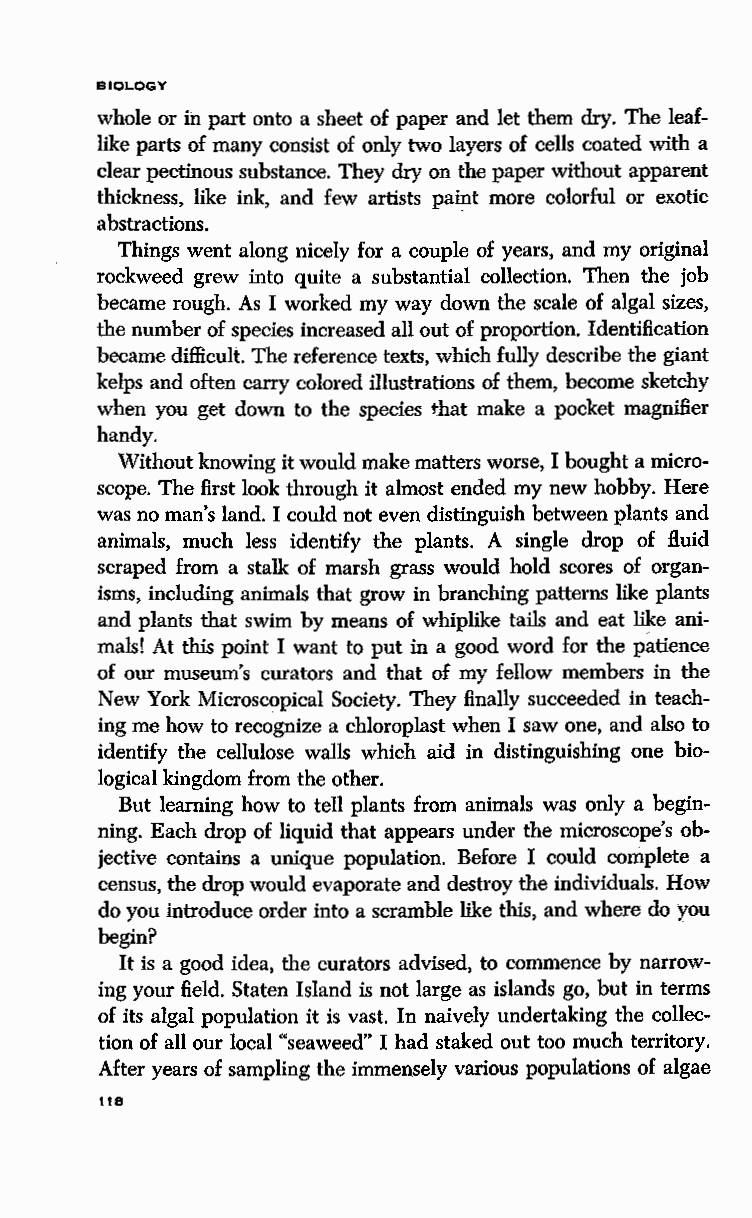
BIOLOGY
 whole or in part onto a sheet of paper and let them dry. The leaf
 like parts of many consist of only two layers of cells coated with a
 clear pectinous substance. They dry on the paper without apparent
 thickness, like ink, and few artists paint more colorful or exotic
 abstractions.
 Things went along nicely for a couple of years, and my original
 rockweed grew into quite a substantial collection. Then the job
 became rough. As I worked my way down the scale of algal sizes,
 the number of species increased all out of proportion. Identification
 became difficult. The reference texts, which fully describe the giant
 kelps and often carry colored illustrations of them, become sketchy
 when you get down to the species that make a pocket magnifier
 handy.
 Without knowing it would make matters worse, I bought a micro
 scope. The first look through it almost ended my new hobby. Here
 was no man's land. I could not even distinguish between plants and
 animals, much less identify the plants. A single drop of fluid
 scraped from a stalk of marsh grass would hold scores of organ
 isms, including animals that grow in branching patterns like plants
 and plants that swim by means of whiplike tails and eat like ani
 mals! At this point I want to put in a good word for the patience
 of our museum's curators and that of my fellow members in the
 New York Microscopical Society. They finally succeeded in teach
 ing me how to recognize a chloroplast when I saw one, and also to
 identify the cellulose walls which aid in distinguishing one bio
 logical kingdom from the other.
 But learning how to tell plants from animals was only a begin
 ning. Each drop of liquid that appears under the microscope's ob
 jective contains a unique population. Before I could complete a
 census, the drop would evaporate and destroy the individuals. How
 do you introduce order into a scramble like this, and where do you
 begin?
 It is a good idea, the curators advised, to commence by narrow
 ing your field. Staten Island is not large as islands go, but in terms
 of its algal population it is vast. In naively undertaking the collec
 tion of all our local "seaweed" I had staked out too much territory.
 After years of sampling the immensely various populations of algae
 118